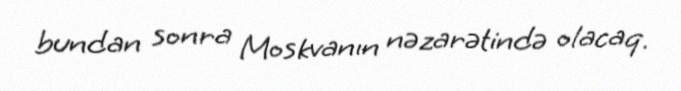
bundan sonra Moskvanın nəzarətində olacaq.